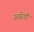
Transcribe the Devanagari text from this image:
उतरेगी